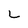
Character: L